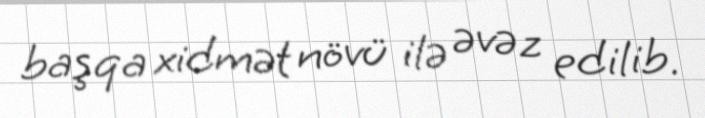
başqa xidmət növü ilə əvəz edilib.